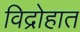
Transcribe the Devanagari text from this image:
विद्रोहात